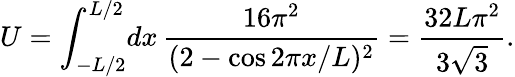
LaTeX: U=\int_{-L/2}^{L/2}\! dx\, \frac{16\pi^{2}}{(2-\cos 2\pi x/L)^{2}}=\frac{32L\pi^{2}}{3\sqrt{3}}.